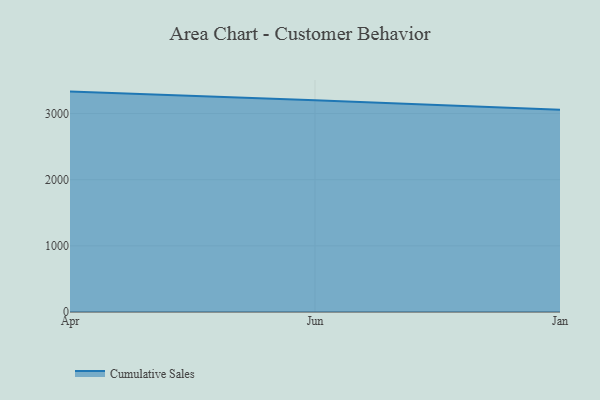
{"axis": {"x": "Month", "y": "Shipments"}, "legend": ["Cumulative Sales"], "data": [{"x": "Apr", "y": 3331.5, "type": "Cumulative Sales"}, {"x": "Jun", "y": 3200.1, "type": "Cumulative Sales"}, {"x": "Jan", "y": 3055.8, "type": "Cumulative Sales"}]}